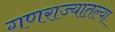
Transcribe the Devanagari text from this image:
गणराज्यातल्या